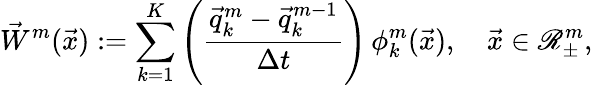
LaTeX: \vec{W}^{m}(\vec{x}):=\sum_{k=1}^{K}\left(\frac{\vec{q}_{k}^{m}-\vec{q}_{k}^{m-1}}{\Delta t}\right)\, \phi_{k}^{m}(\vec{x}),\quad\vec{x}\in\mathscr{R}_{\pm}^{m},